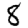
Digit: 8